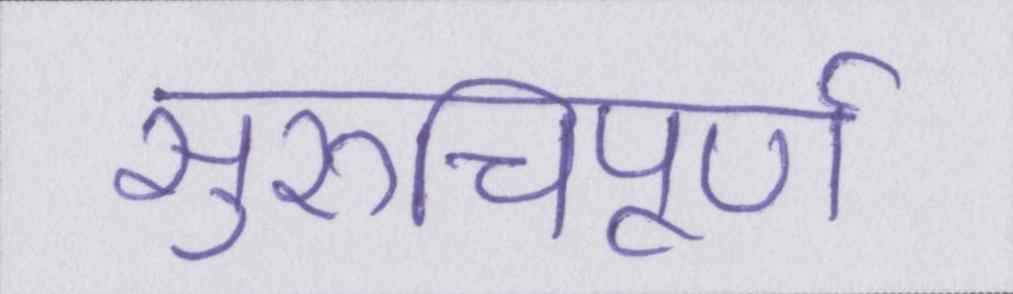
सुरुचिपूर्ण